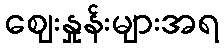
ဈေးနှုန်းများအရ